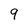
Character: 9